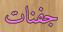
جفنات